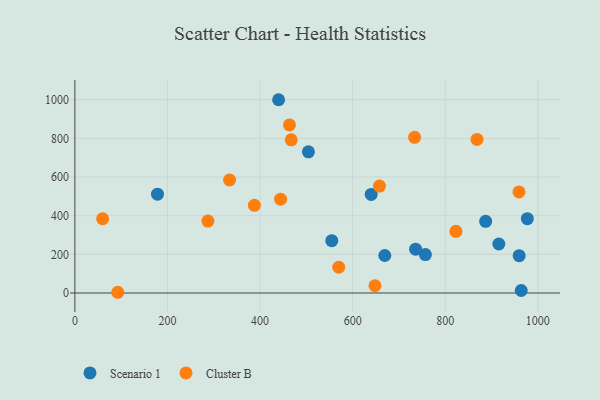
{"axis": {"x": "Ad Spend", "y": "Rating"}, "legend": ["Cluster B", "Scenario 1"], "data": [{"x": "504.4", "y": 730.1, "type": "Scenario 1"}, {"x": "178.4", "y": 511.0, "type": "Scenario 1"}, {"x": "440.0", "y": 999.9, "type": "Scenario 1"}, {"x": "887.3", "y": 370.7, "type": "Scenario 1"}, {"x": "554.9", "y": 270.5, "type": "Scenario 1"}, {"x": "640.0", "y": 509.9, "type": "Scenario 1"}, {"x": "964.1", "y": 12.8, "type": "Scenario 1"}, {"x": "915.7", "y": 253.5, "type": "Scenario 1"}, {"x": "977.4", "y": 384.5, "type": "Scenario 1"}, {"x": "959.7", "y": 193.2, "type": "Scenario 1"}, {"x": "669.4", "y": 193.9, "type": "Scenario 1"}, {"x": "736.0", "y": 226.6, "type": "Scenario 1"}, {"x": "757.1", "y": 198.6, "type": "Scenario 1"}, {"x": "287.3", "y": 372.3, "type": "Cluster B"}, {"x": "959.3", "y": 522.7, "type": "Cluster B"}, {"x": "92.6", "y": 3.7, "type": "Cluster B"}, {"x": "59.9", "y": 384.2, "type": "Cluster B"}, {"x": "444.3", "y": 485.2, "type": "Cluster B"}, {"x": "868.6", "y": 794.6, "type": "Cluster B"}, {"x": "334.1", "y": 584.5, "type": "Cluster B"}, {"x": "467.3", "y": 792.5, "type": "Cluster B"}, {"x": "657.9", "y": 553.2, "type": "Cluster B"}, {"x": "823.0", "y": 318.9, "type": "Cluster B"}, {"x": "733.8", "y": 805.5, "type": "Cluster B"}, {"x": "648.2", "y": 37.5, "type": "Cluster B"}, {"x": "387.7", "y": 453.4, "type": "Cluster B"}, {"x": "463.5", "y": 869.4, "type": "Cluster B"}, {"x": "569.9", "y": 133.2, "type": "Cluster B"}]}